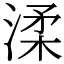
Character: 渘